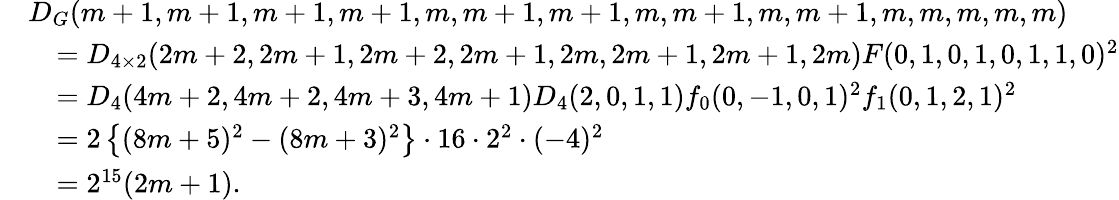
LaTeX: \begin{array}{rl}&{D_{G}(m+1,m+1,m+1,m+1,m,m+1,m+1,m,m+1,m,m+1,m,m,m,m,m)}\\ &{\quad=D_{4\times 2}(2m+2,2m+1,2m+2,2m+1,2m,2m+1,2m+1,2m)F(0,1,0,1,0,1,1,0)^{2}}\\ &{\quad=D_{4}(4m+2,4m+2,4m+3,4m+1)D_{4}(2,0,1,1)f_{0}(0,-1,0,1)^{2}f_{1}(0,1,2,1)^{2}}\\ &{\quad=2\left\{ (8m+5)^{2}-(8m+3)^{2}\right\} \cdot 16\cdot 2^{2}\cdot(-4)^{2}}\\ &{\quad=2^{15}(2m+1).}\end{array}